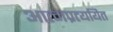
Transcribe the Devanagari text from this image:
आत्मप्रत्ययित